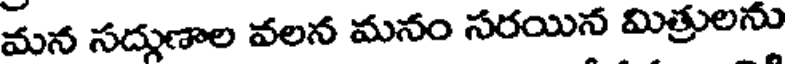
మన సద్గుణాల వలన మనం సరయిన మిత్రులను